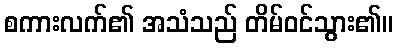
စကားလက်၏ အသံသည် တိမ်ဝင်သွား၏။